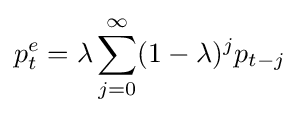
p_{t}^{e}=\lambda \sum _{j=0}^{\infty }(1-\lambda )^{j}p_{t-j}